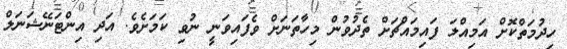
ހިދުމަތްކޮށް އަމިއްލަ ފައިމައްޗަށް ތެދުވުން މިހާތަނަށް ވެފައިވަނީ ނުވި ކަމަށެވެ. އަދި އިންޓަނޭޝަނަލް